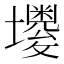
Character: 𡓌